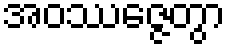
အဝဿဇ္ဇေတွာ